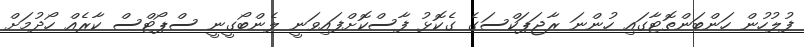
ފުލުހުން ހަންބަންތޮޓާގައި ހުންނަ ރާޖަޕަކްސަގެ ގެކޮޅު ފާސްކޮށްފައިވަނީ ލެންބޯގީނީ ސްޕޯޓްސް ކާރެއް ހޯދުމަށް